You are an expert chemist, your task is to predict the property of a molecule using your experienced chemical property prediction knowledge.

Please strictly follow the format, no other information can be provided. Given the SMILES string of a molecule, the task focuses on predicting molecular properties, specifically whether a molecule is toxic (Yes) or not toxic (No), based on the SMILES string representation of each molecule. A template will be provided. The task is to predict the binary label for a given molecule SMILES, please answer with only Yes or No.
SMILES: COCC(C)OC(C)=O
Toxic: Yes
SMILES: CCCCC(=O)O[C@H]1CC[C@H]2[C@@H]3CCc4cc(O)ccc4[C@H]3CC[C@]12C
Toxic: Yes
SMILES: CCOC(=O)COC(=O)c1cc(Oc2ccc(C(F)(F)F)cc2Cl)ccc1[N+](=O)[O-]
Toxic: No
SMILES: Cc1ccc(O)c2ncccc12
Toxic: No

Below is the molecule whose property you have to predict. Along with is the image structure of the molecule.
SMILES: Nc1nc(N)nc(Cl)n1
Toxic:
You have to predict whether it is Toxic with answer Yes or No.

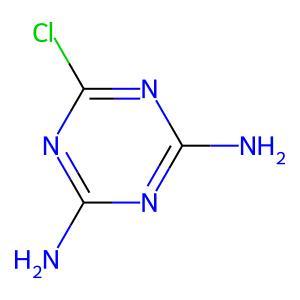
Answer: No